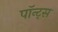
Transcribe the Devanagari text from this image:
पॉन्ट्स